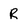
Character: R